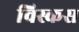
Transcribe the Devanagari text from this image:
विस्कस